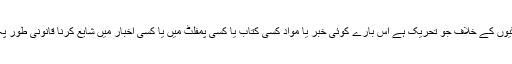
آج سندھ میں جبری گمشدگیوں کے خلاف جو تحریک ہے اس بارے کوئی خبر یا مواد کسی کتاب یا کسی پمفلٹ میں یا کسی اخبار میں شایع کرنا قانونی طور پہ جرم قرار دیا جاسکتا ہے۔